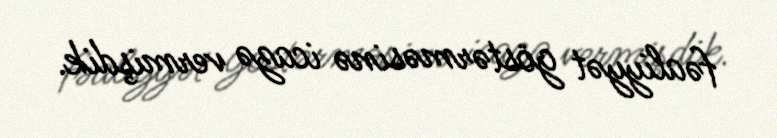
fəaliyyət göstərməsinə icazə vermişdik.